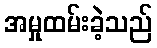
အမှုထမ်းခဲ့သည်